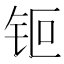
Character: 钷